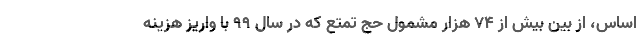
اساس، از بین بیش از ۷۴ هزار مشمول حج تمتع که در سال ۹۹ با واریز هزینه